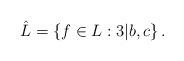
LaTeX: \begin{align*} \hat{L} = \left\{f \in L: 3| b, c \right\}.\end{align*}